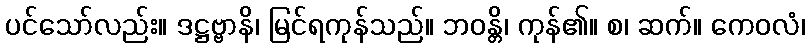
ပင်သော်လည်း။ ဒဋ္ဌဗ္ဗာနိ၊ မြင်ရကုန်သည်။ ဘဝန္တိ၊ ကုန်၏။ စ၊ ဆက်။ ကေဝလံ၊